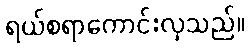
ရယ်စရာကောင်းလှသည်။